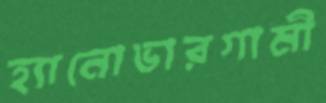
হ্যানোভারগামী